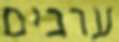
ערבים